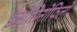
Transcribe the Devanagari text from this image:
इओसिनोफिलों